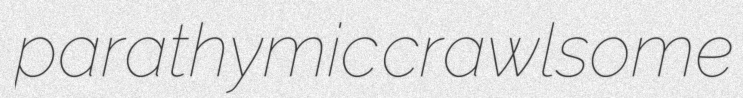
parathymic crawlsome